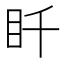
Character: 䀒